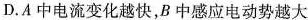
D. A 中电流变化越快，B 中感应电动势越大